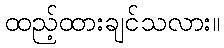
ထည့်ထားချင်သလား။